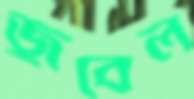
জুবেল